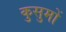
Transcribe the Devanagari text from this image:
कुसुमों